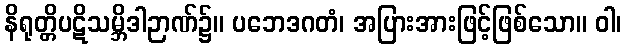
နိရုတ္တိပဋိသမ္ဘိဒါဉာဏ်၌။ ပဘေဒဂတံ၊ အပြားအားဖြင့်ဖြစ်သော။ ဝါ၊